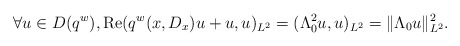
\begin{align*}\forall u \in D(q^w), \textrm{Re}(q^w(x,D_x)u+u,u)_{L^2}=(\Lambda_0^2u,u)_{L^2}=\|\Lambda_0u\|_{L^2}^2.\end{align*}